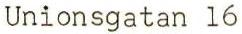
Unionsgatan 16